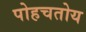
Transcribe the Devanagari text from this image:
पोहचतोय